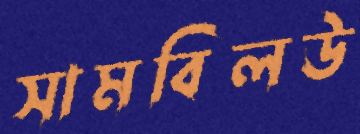
সামবিলউ